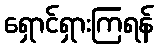
ရှောင်ရှားကြရန်